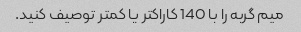
میم گربه را با 140 کاراکتر یا کمتر توصیف کنید.